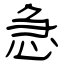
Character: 急